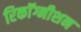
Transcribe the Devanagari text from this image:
रिकाॅग्नीशन